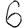
Digit: 6